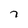
Character: 7